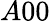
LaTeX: A00